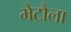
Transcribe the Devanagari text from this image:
भेटौला